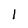
Character: 1